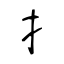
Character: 扌